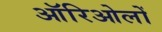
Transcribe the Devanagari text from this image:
ऑरिओलों